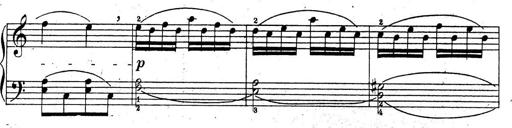
Title: 10 Sonatinas
Composer: Fritz Spindler